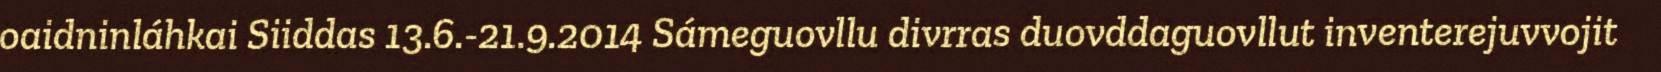
oaidninláhkai Siiddas 13.6.-21.9.2014 Sámeguovllu divrras duovddaguovllut inventerejuvvojit